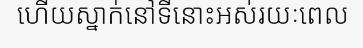
ហើយស្នាក់នៅទីនោះអស់រយៈពេល